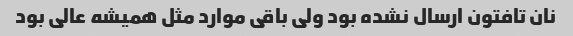
نان تافتون ارسال نشده بود ولی باقی موارد مثل همیشه عالی بود